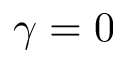
\gamma = 0